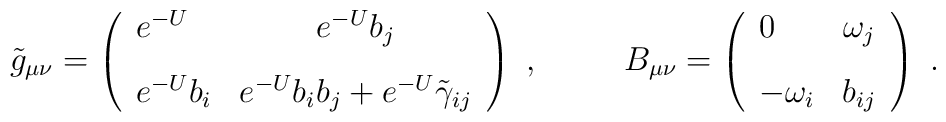
\tilde{g}_{\mu\nu}=\left(\begin{array}{lc} e^{-U} & e^{-U}b_j \\[9pt]e^{-U}b_i &  e^{-U} b_i b_j + e^{-U}\tilde{\gamma}_{ij} \end{array}\right)\ ,\hspace{30pt}B_{\mu\nu}=\left(\begin{array}{lc} 0 & \omega_j\\[9pt] -\omega_i & b_{ij} \end{array} \right) \ .